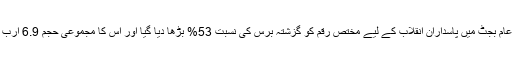
سال 2017 میں عام بجٹ میں پاسداران انقلاب کے لیے مختص رقم کو گزشتہ برس کی نسبت 53% بڑھا دیا گیا اور اس کا مجموعی حجم 6.9 ارب ڈالر تک پہنچ گیا۔